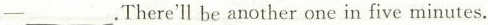
—___.Therell be another one in five minutes.